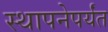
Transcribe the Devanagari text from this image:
स्थापनेपर्यंत